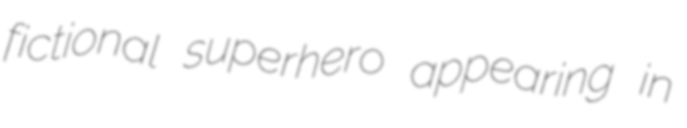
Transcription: fictional superhero appearing in